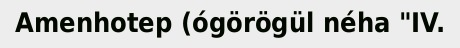
Amenhotep (ógörögül néha "IV.